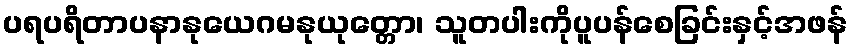
ပရပရိတာပနာနုယေဂမနုယုတ္တော၊ သူတပါးကိုပူပန်စေခြင်းနှင့်အဖန်